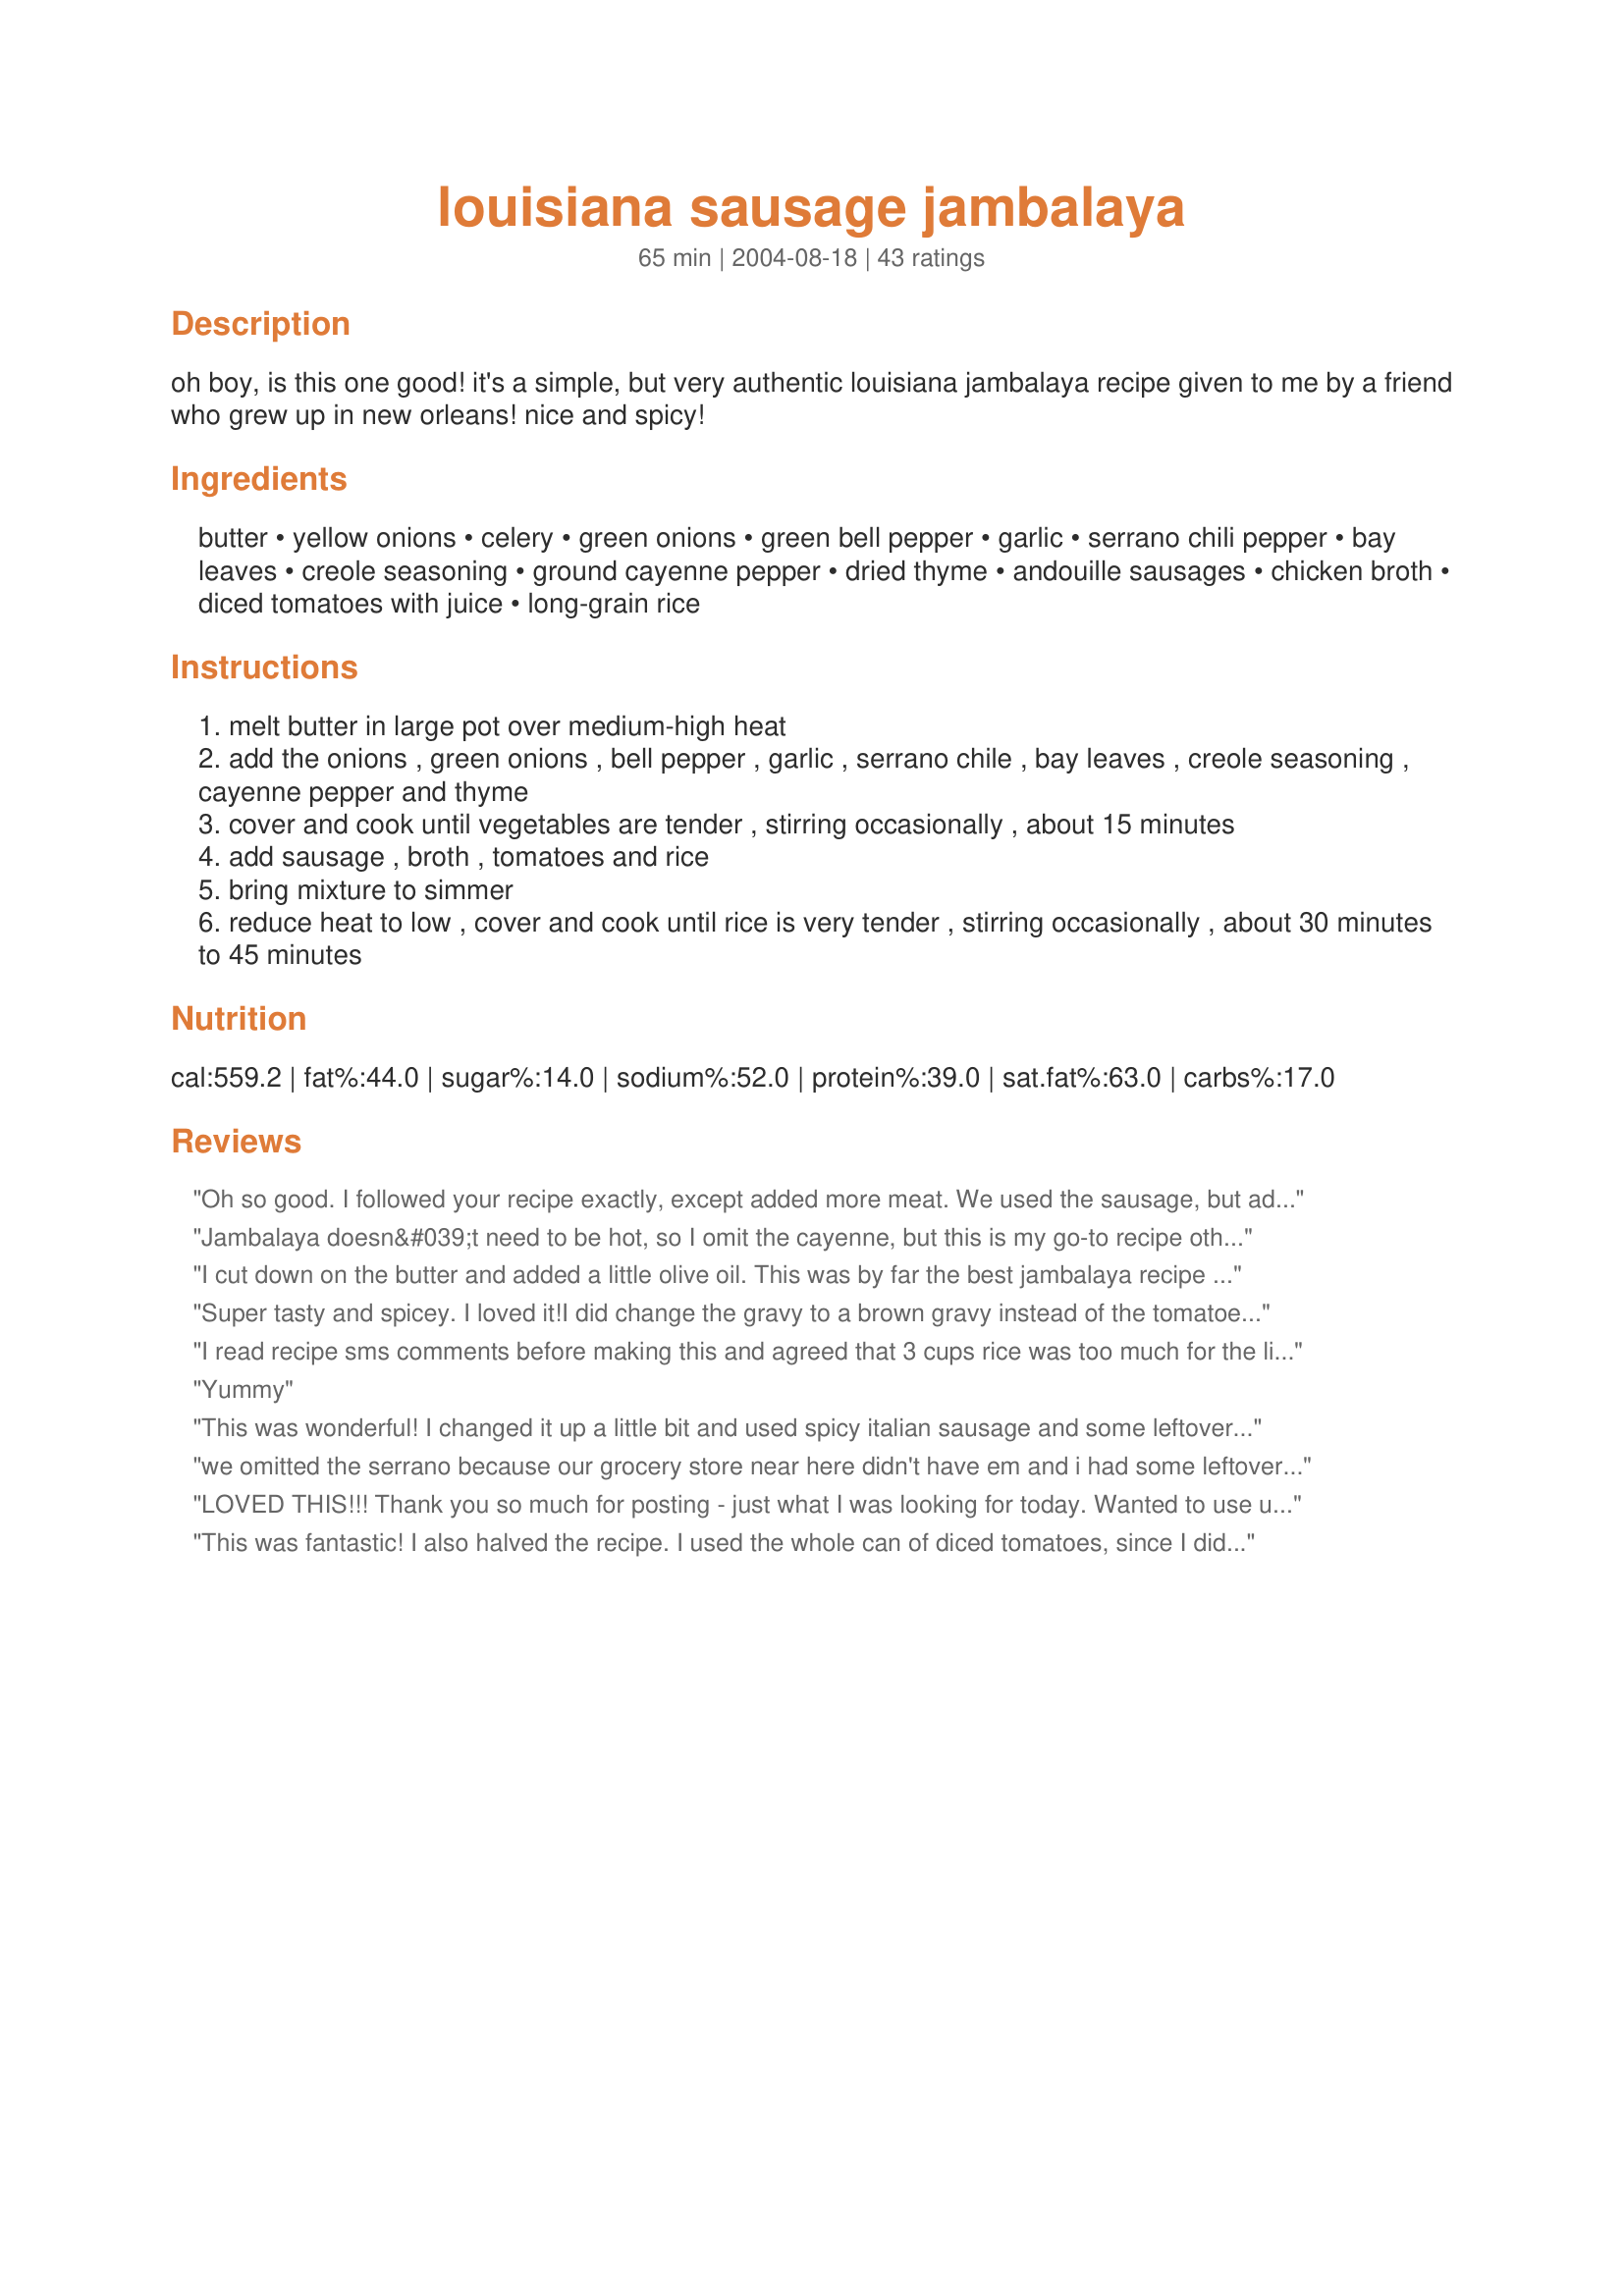
louisiana sausage jambalaya
Preparation time: 65 minutes

oh boy, is this one good! it's a simple, but very authentic louisiana jambalaya recipe given to me by a friend who grew up in new orleans! nice and spicy!

Ingredients:
butter, yellow onions, celery, green onions, green bell pepper, garlic, serrano chili pepper, bay leaves, creole seasoning, ground cayenne pepper, dried thyme, andouille sausages, chicken broth, diced tomatoes with juice, long-grain rice

Steps:
melt butter in large pot over medium-high heat
add the onions , green onions , bell pepper , garlic , serrano chile , bay leaves , creole seasoning , cayenne pepper and thyme
cover and cook until vegetables are tender , stirring occasionally , about 15 minutes
add sausage , broth , tomatoes and rice
bring mixture to simmer
reduce heat to low , cover and cook until rice is very tender , stirring occasionally , about 30 minutes to 45 minutes

Reviews:
Oh so good. I followed your recipe exactly, except added more meat. We used the sausage, but added some shrimp too! We really liked this ALOT! We all thought it had a nice heat, not too overpowering, my ten year old could handle it. Thank you so much for sharing this with us, we really liked this.
Jambalaya doesn&#039;t need to be hot, so I omit the cayenne, but this is my go-to recipe otherwise.
I cut down on the butter and added a little olive oil. This was by far the best jambalaya recipe I have ever had!! Highly recommend trying it!
Super tasty and spicey. I loved it!I did change the gravy to a brown gravy instead of the tomatoe base, and I added chicken. I served the rice seperately with mixture on top and a color blend of sauted red, yellow, orange and green bell peppers on the side.Everything else stayed the same. With these few changes,I'd do it just the same again and again. LOVE, LOVE ,LOVE!
Thanx!
I read recipe sms comments before making this and agreed that 3 cups rice was too much for the liquid in the recipe. I used two cups rice and 32 oz plus one cup of chicken broth. I also used 2-1/2 lbs. of sausage. It turned out fine and was a big hit at the event. All was eaten...nothing left!
Yummy
This was wonderful! I changed it up a little bit and used spicy italian sausage and some leftover chicken breasts for the meat. I also used fresh red chili peppers instead of serranos. It came out great though, this will definitely be made again, thank you!!!
we omitted the serrano because our grocery store near here didn't have em and i had some leftover chorizo so i added that with a pound of the smoked sausage. turned out GREAT, needed to add a little extra chicken broth though. thanks for the recipe!
LOVED THIS!!! Thank you so much for posting - just what I was looking for today. Wanted to use up a lb. of chicken andouille sausage - and thought rice / cajun and found this recipe. Perfect! I altered the proportions of the recipe and am writing it here - cause it was perfect for us and I'll be making this many times again! Cut the recipe to 5 servings...followed the spices but then : used 1 lb box brown rice - probably darn near 48 oz. chicken broth...whole can of crushed tomatoes, used one small onion, one leek, 3 green onions, 3 large garlic cloves, 1/2 of large green pepper, 2 celery stalks, a bit of dehydrated jalapeno (didn't have fresh chiles) - a bit of butter and a bit of spicy olive oil. This cooked on the stove a long time - maybe 1.5 - 2 hours... and I think the brown rice was what took the time and soaked up all of the chicken broth.... In these proportions, the spiciness was perfect for us. I'll be making this many many more times - as I have a bunch of the chicken sausage in the freezer! YUUMMMO. Thanks!
This was fantastic! I also halved the recipe. I used the whole can of diced tomatoes, since I didn&#039;t want to save half the can. I couldn&#039;t find the Serrano pepper at the store, and didn&#039;t want to buy a whole thing of cayenne pepper since I don&#039;t ever use it. Instead I added some Chipotle flavored Tabasco and it spiced it up nicely. Definitely a keeper and will make it over and over!
This was delicious! We used a little more sausage, and leftover turkey and turkey stock instead of chicken. Great way to repurpose those thanksgiving leftovers! (Left out the tomatoes due to dietary restrictions)
This is a GREAT recipe--one that my picky 12-year-old begs for at least once a week. It makes a big batch, but the leftovers are always gone quickly--it reheats great. We toned down the spiciness a bit--we cut the creole seasoning and cayenne pepper in half and ommitted the serrano chile. (We made it full strength the first time and it was a bit much for our wimpy tastebuds). It still has enough heat to satisfy. Very easy to make, and is now our family favorite.
I used this recipe for inspiration tonight. I didn't have green pepper or any other peppers so I left them out. I halved the recipe but did use a whole box of chicken stock and a quart of homemade tomatoes. I used chili pepper instead of cayenne. I added all but the rice to the crock pot and let cook for a few hours. The last hour I cooked long grain rice and then added to soak up some of the juice. The only other change I made was to add one cooked chicken breast and low fat turkey sausage.
I love this recipe and make it quite often, at least once a month. It makes a ton of food for cheap and the leftovers are, in my opinion, better than the original dish. I do basically the same as the recipe, just up the serrano because I like the spice. So good, and so versatile if you're willing to play around.
Great Jambalaya I amost mad a diffrent on but I am glad I made this one. Next time I will use smoked sausage and not andoullie just because the andoullie was to spicy.
OUTSTANDING. Omitted the celery (not a fan) and used chili powder instead of the serrano chili, probably 2 tsp. Very very good and very very spicy.
This is simple and scrumptious! I had to modify a bit as I didn't have serrano chili or green pepper so I used canned chilis and red pepper. We love the heat so I used a bit more cayenne and some crushed red chili pepers. The smell as it was cooking was intoxifying! Thanks for the great recipe!
The flavors were good. Everyone liked it but the rice was an issue. Next time I will either make the rice separately or use half the amount.
Delicious! I used smoked deer sausage and fresh stock made with the leftover Thanksgiving turkey carcass. I also used fresh tomato and thyme instead of canned/dried. Otherwise I followed the recipe. It was a nice spicy dish with tons of flavor. This will be going in my "Favorites" cookbook.
This is an awesome recipe!! I cut it down to 5 servings and felt that it was a lot more than 5 servings, which means plenty of leftovers. I did 1/2 of a serrano pepper, only 1/8 tsp of cayenne pepper and the full amount for 5 servings for the creole seasoning. I thought it was just a little too spicy for us so I think next time I'll use 1/4 of a serrano pepper and completely leave out the cayenne. I had to add some water to it as it was cooking and I used a full can of tomatoes with their juice. Other than that, I followed the recipe exactly, using smoked sausage. Very good and easy!!! Thanks for a great tasting recipe :)
Wow...this was fantastic! I added a 2 chicken breasts to the full amount of sausage. I cut the chicken in chunks and sauteed it in oil and a bit of the creole seasoning. Then I removed the chicken and tossed in the sausage to crisp it up a bit. Then I added the butter and followed your recipe to a "T" from there. I used Recipe #22089 for the creole seasoning and it was a perfect fit. I probably added about a cup and a half of water to keep the rice cooking until it was tender. Thanks!
I grew up eating cajun food/jambalaya! This is a great recipe and has become a family favorite. I make it as the recipe states and it makes a ton!!
This recipe is amazing. I make it at least once a month and have been for the past few years. The leftovers are just as good as, if not better than, the freshly made jambalaya. I make it exactly as the recipe states but do add an extra cup or so of chicken broth to thin it out (personal preference). Definitely a five-star recipe. Thanks Grace Lynn!
Okay....this is a definite keeper! I made this dish tonight using what I had in the cupboard....had to substitute honey garlic sausage, and used fresh tomatoes. But the results were wonderful. I also cut the amounts in 1/2 to feed 4. Everything worked out great. Will make this again...and again. My DH is coming home soon for dinner and I know that he will wolf this down in a heartbeat...and look for seconds ! Thanks Grace.....I love a one pot meal !
This is an excellent dish. I had to alter it a bit to suit our tastes and what I had on hand, but not in any major ways. I subbed a yellow pepper for the red and left out the thyme. I also reduced the cayenne to 1/8 tsp. I did not have any creole seasoning, so I used cajun. Even my picky 15 year old loved this. It is very easy to make and has tons of flavour. Thanks for the recipe.
Very, very good! I made as directed, omitting the serrano chili pepper (personal taste) and used a yellow bell pepper as that was what I had on hand. This was such a nice change from our usual fare that I know I will be making this again soon! DH took leftovers in his lunch same night (that rarely happens!) so I know he gives this 5 stars as well. Thanks Grace for a winning recipe!
We cut down the sausage to 12 oz, added 2 large chicken breasts (cut into 1 inch pieces) and about 12 shrimp (put these in the last 5 minutes of cooking)... it turned out great. DH said it could use more heat, even though I doubled the cayenne... next time I may add 2 serrano chilis, or find another way to increase the heat... overall, really tasty!
Cooked this last night. I added two chicken breast and four bratwurst b/c that was all I had, everything else was the same. My dh loved it and so did I. Boy were we sweating while eating this, it was spicy but really good. Thanks Grace Lynn!
This was sooo good! I made a few changes just because I had different ingredients. I had large green onions from my garden and I used about 3/4 cup chopped. I used 1/4 of a red bell pepper and left out the serrano chili pepper. I also used 2 cups of brown rice instead of white so I had to add 4 1/2 cups of chicken broth. The last few minutes I added 1 lb of shrimp and 1/2 lb of cubed and sauteed chicken breast. Thanks so much for a wonderful recipe!
Made this for dinner last night - wow, it was a hit! I left out the serrano chile due to the family's preference but it was still a hit. Easy and flavorful.
I thought this was fantastic-my Dh said it was too spicy. I am enjoying the leftovers.
so far i have made this dish 3 times in the past month or so. the first time i made it, the rice wasn&#039;t cooked all the way AND it was mushy at the same time BUT the flavor was there!!!!! so the next time i tried using minute rice. i followed the directions as is but left the rice to add last and voila!! it was perfect!! soo good. i also added leftover chicken i had in the fridge so i recommend that too. i also don&#039;t like too much heat and so i left out 1/2 the seeds from the serano. so you can try that too if you&#039;re like me. overall, awesome flavor and it&#039;s definitly a keeper recipe. thanks for sharing!!!
This was excellent and authentic jambalaya. As good as the Gumbo Shop, a wonderful little restaurant in the French Quarter. We go to New Orleans often and this recipe outshined many of the jamabalayas we have had there. We don't use a lot of butter in our house, so the 1/2 cup did seem a little too buttery in flavor for us. I think next time I will use half butter and half oil. I did leave out the Cayenne, because I felt it would be too spicy for our children using the pepper AND the cayenne. A real keeper! Thanks!
I needed a recipe for just sausage (no chicken or shrimp) and this one worked perfectly. I made double the amount and used a mix of Andouille chicken and Andouille pork, keeping one of each out to pan fry and use as garnish. The smell, since I used basmati rice, is unique and yumtastic.<br/><br/>Even without the thyme and using chili powder instead of cayenne, it's tasty. And you can make it using brown rice, but don't add more than 1/3 extra cup of chicken broth. I added 1/2 cup extra and am having to steam away the excess liquid.
This is absolutely phenomenal!!!! My family couldn't get enough of it -- they went for 3rds! 
 We didn't add the serrano chili pepper, as we didn't have it on hand, and we also used hot Italian sausage rather than what is called for. Also we added in some shrimp at the end.
 All in all, we will make this again and again; it's a definite 5 + star!
This was so easy and tasty, I added some chicken thighs(skinless) and had to add more chicken stock as it was cooking, probably doubling up on the amount of stock .Definately a family pleaser.
The recipe should say 3 cups cooked rice. Otherwise you need 8 cups chicken broth. (6 to cook rice + 2 cups the recipe calls for). I didn't realize this until I started cooking. Still turned out OK, but would have been better with concentrated flavor.
I made a half recipe of this, which made a lot. I used hot Louisiana sausage, so I cut down a bit on the cayenne pepper. I didn't have any celery, and I wanted more vegetables in the jambalaya, so I added a 16 ounce bag of frozen mixed vegetables when I added the rice. I know that's not traditional in a jambalaya, but it was really good.
I cut the recipe in half as I didn't want 10 servings. I have to admit I substituted the sausage. I used bulk breakfast sausage, like Jimmy Deans but different brand. I also altered the method. I browned the sausage then added the veges. Because I had the fat from the sausage, I reduced the butter to 1 Tbsp. I also used a whole can of tomatoes, in spite of cutting the recipe in half, as others had commented that more liquid was required and didn't want to save 1/2 the can of tomatoes. I actually had to add liquid to about double the recipe amount to get the rice done and soft. It was a great tasting recipe, (I would have preferred it to be spicier) but I got no compliments, no doubt due to the fact it took too long to get done. I'm not saving this to my "favorites" folder, but it's worth a try if you want a substitute for the boxed stuff.
This will be my new jambalaya recipe. I used the box stuff before and this was so much better, and I felt a little better about feeding it to my family. I did not have a green pepper so I left it out and I used a can of diced tomatoes with green chilis, so I left out the serrano pepper, and it was plenty spicy. I also used smoked sausage. Thanks for a great recipe!
This is a very good and very easy recipe to make. It was a good sign when my wife originally from Missippi said from the living room that whatever you&#039;re fixing really smells good! She hadn&#039;t had jambalaya for a long time and she was very happy with this recipe.
The other reviews are right! This is an awesome Jambalaya recipe. Nice and spicy!! I added diced chicken to mine. Very yummy. Thanks for sharing.
I halved the recipe and used the exact ingredients. It has good spice, so if you can't stand the heat you might want to back off the pepper. My husband loved it. I don't recall him ever saying "this is REALLY" good. He actually got up and put what was left in a tupperware container. That was definitely a first and we've been married 25 yrs. This is a keeper.
